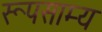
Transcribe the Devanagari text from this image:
रूपसाम्य